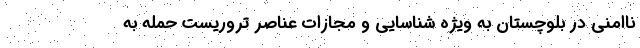
ناامنی در بلوچستان به ویژه شناسایی و مجازات عناصر تروریست حمله به